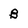
Character: B